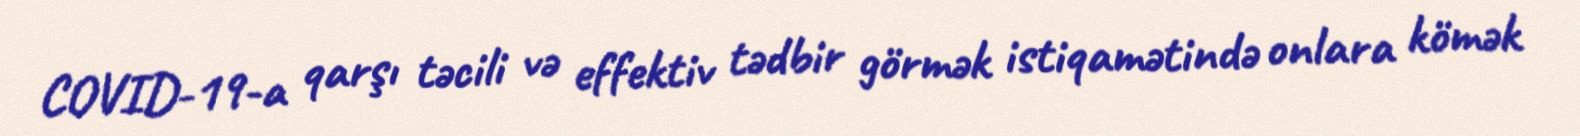
COVID-19-a qarşı təcili və effektiv tədbir görmək istiqamətində onlara kömək